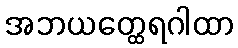
အဘယတ္ထေရဂါထာ